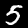
Label: 5